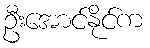
ဦးအောင်နိုင်က